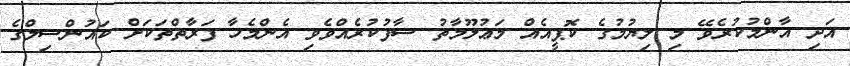
އަދި އާންމުކުރެވޭ މި ލިޔުމުގެ ކޮޕީއެއް މަޢުލޫމާތު ސާފުކުރެއްވެވި އެންމެހާ ފަރާތްތަކަށް ކައުންސިލްގެ